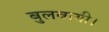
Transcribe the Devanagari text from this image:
बुलवायी।